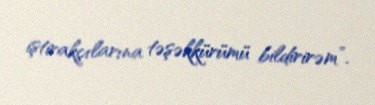
iştirakçılarına təşəkkürümü bildirirəm”.